Medical and sanitary report of the native army of Bengal for the year
Year: 1875
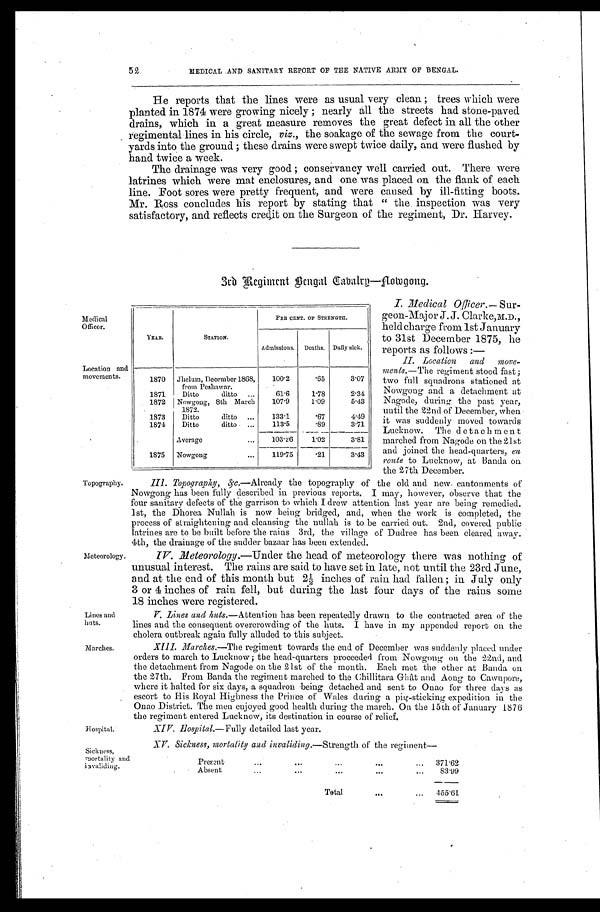
Medical
Officer.
Location and
movements.
Lines and
huts.
Marches.
XV. Sickness, mortality and invaliding .—Strength of the regiment
—
Present . . .
371.62
A b s e n t . . .
83.99
Total . . .
455.61
Sickness,
mortality and
invaliding.
MEDICAL AND SANITARY REPORT OF THE NATIVE ARMY OF BENGAL.
He reports that the lines were as usual very clean; trees which were
planted in 1874 were growing nicely; nearly all the streets had stone-paved
drains, which in a great measure removes the great defect in all the other
regimental lines in his circle, viz., the soakage of the sewage from the court
-yards into the ground; these drains were swept twice daily, and were flushed by
hand twice a week.
The drainage was very good; conservancy well carried out. There were
latrines which were mat enclosures, and one was placed on the flank of each
line. Foot sores were pretty frequent, and were caused by ill-fitting boots.
Mr.Ross concludes his report by stating that "the inspection was very
satisfactory, and reflects credit on the Surgeon of the regiment, Dr. Harvey.
3rd Regiment Bengal Cavalry—Aowgong.
52
YEAR.
STATION.
PER CENT OF STRENGTH.
Admissions. Deaths. Daily sick.
1870
Jhelum, December 1868,
from Peshawar.
100.2
.65
3.07
1871
Ditto
ditto . . .
61.6
1.78
2.34
1872
Nowgong, 8th March
1872.
107.9
1.09
5.43
1873
Ditto
ditto . . .
133.1
.67
4.49
1874
Ditto
ditto . . .
113.5
.89
3.71
Average . . .
103.26
1.02
3.81
1875
Nowgong . . .
119.75
.21
3.43
I. Medical Officer .—Sur
-geon-Major J. J. Clarke,M.D.,
held charge from 1st January
to 31st December 1875,
h e r e p o r t s a s f o l l o w s : —
II. Location and move
-ments.— The regiment stood fast;
two full squadrons stationed at
Nowgong and a detachment at
Nagode, during the past year,
until the 22nd of December, when
it was suddenly moved towards
Lucknow. The detachment
marched from Nagode on the 21st
and joined the head-quarters, en
route to Lucknow, at Banda on
the 27th December.
Topography.
Meteorology.
Hospital.
III. Topography, &c .—Already the topography of the old and new cantonments of
Nowgong has been fully described in previous reports. I may, however, observe that the
four sanitary defects of the garrison to which I drew attention last year are being remedied.
1st, the Dhorea Nullah is now being bridged, and, when the work is completed, the
process of straightening and cleansing the nullah is to be carried out. 2nd, covered public
latrines are to be built before the rains 3rd, the village of Dudree has been cleared away.
4th, the drainage of the sudder bazaar has been extended.
IV. Meteorology .—Under the head of meteorology there was nothing of
unusual interest. The rains are said to have set in late, not until the 23rd June,
and at the end of this month but 2½ inches of rain had fallen; in July only
3 or 4 inches of rain fell, but during the last four days of the rains some
18 inches were registered.
V. Lines and huts.—Attention has been repeatedly drawn to the contracted area of the
lines and the consequent overcrowding of the huts. I have in my appended report on the
cholera outbreak again fully alluded to this subject.
VI. Marches .—The regiment towards the end of December was suddenly placed under
orders to march to Lucknow; the head-quarters proceeded from Nowgong on the 22nd, and
the detachment from Nagode on the 21st of the month. Each met the other at Banda on
the 27th. From Banda the regiment marched to the Chillitara Ghât and Aong to Cawnpore,
where it halted for six days, a squadron being detached and sent to Onao for three days as
escort to His Royal Highness the Prince of Wales during a pig-sticking expedition in the
Onao District. The men enjoyed good health during the march. On the 15th of January 1876
the regiment entered Lucknow, its destination in course of relief.
XIV. Hospi t al. —Ful l y detailed last year.